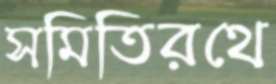
সমিতিরথে